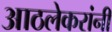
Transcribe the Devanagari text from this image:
आठलेकरांनी